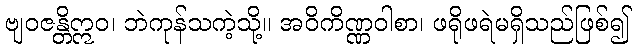
ဗျဝဇန္တိဣဝ၊ ဘဲကုန်သကဲ့သို့။ အဝိကိဏ္ဏဝါစာ၊ ဖရိုဖရဲမရှိသည်ဖြစ်၍